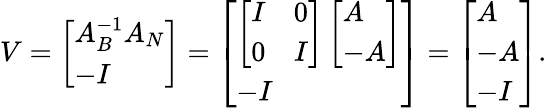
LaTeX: V=\left[\begin{array}{l}{A_{B}^{-1}A_{N}}\\ {-I}\end{array}\right]=\left[\begin{array}{l}{\left[\begin{array}{ll}{I}&{0}\\ {0}&{I}\end{array}\right]\left[\begin{array}{l}{A}\\ {-A}\end{array}\right]}\\ {-I}\end{array}\right]=\left[\begin{array}{l}{A}\\ {-A}\\ {-I}\end{array}\right].